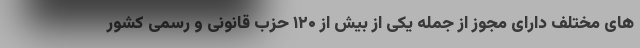
های مختلف دارای مجوز از جمله یکی از بیش از ۱۲۰ حزب قانونی و رسمی کشور